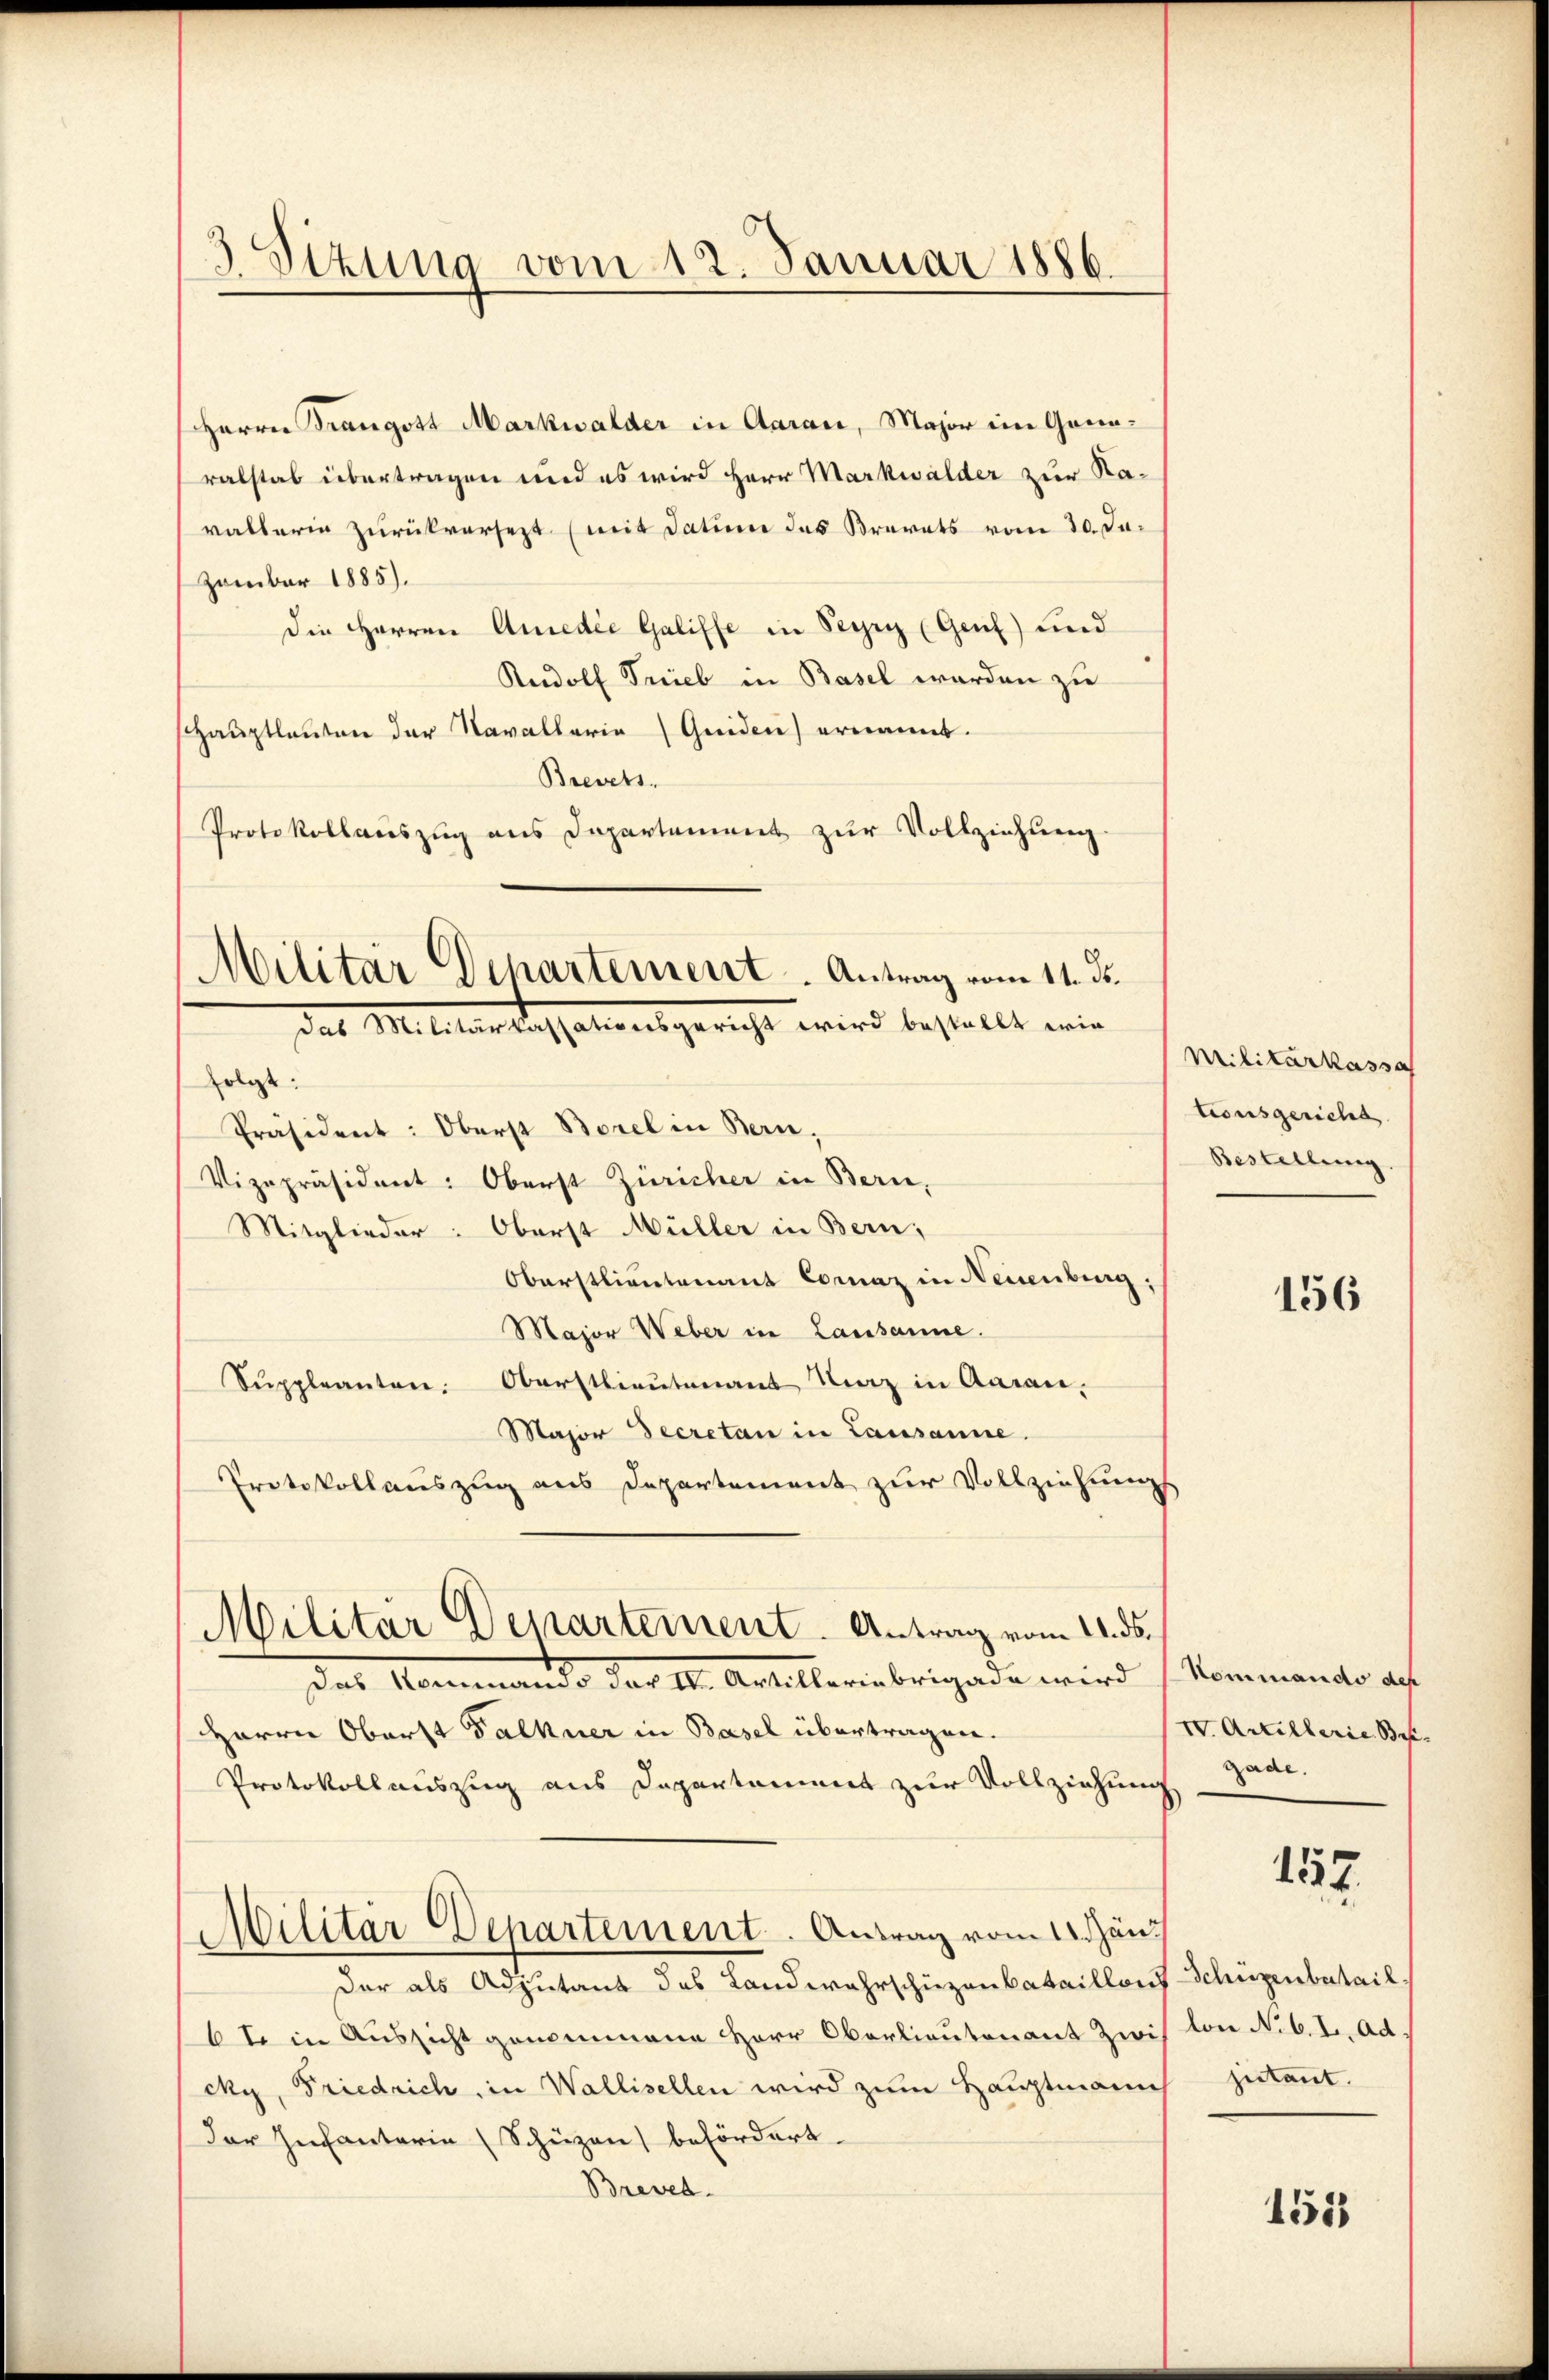
Herrn Trangott Markwalder in Aarau, Major im Ganaralstab übertragen und es wird Herr Markwalder zur Navallerin zurückversezt (mit Datum das Bravats vom 30. Ja¬
Zamber 1885).
die Herren Amedie Galiffe in Perry (Genf und
Rudolf Trieb in Basel werden zu
Hauptlauten der Navallaria (Quiden) ernannt.
Brevets.
Protokollauszug aus Departement zur Vollziehung

3 Sizung vom 12. Januar 1886.

Militär Departement. Antrag vom 11. ds.
das Militar Cassationsgericht wird bestellt wie

folgt:
Präsident: Oberst Borel in Bern,
Vizepräsident: Oberst Züricher in Bern,
Mitglieder: Oberst Müller in Bern,
Oberstlieutenant Coraz in Neisenburg,
Major Weber in Lausanne.
Sŭppleanten: Oberstlieutenant Kunz in Aaran,
Major Secretan in Lausanne.
Protokollauszug aus Departement zur Vollziehungs
Militär Departement. Antrag vom 11. ds.
Das Mannemande des U. Artilleriebrigade wird
Herrn Oberst Falkner in Basel übertragen.
Protokollauszug aus Departament zur Vollziehung
Militär-Departement. Antrag vom 18. Jän
Der als Adjutant das Landwahrschüzenbataillons
6 t. in Aussicht genommene Herr Oberlieutenant zwis
cky, Friedrich in Wallisellen wird zum Hauptmann
Der Infanterie (Schüzen befördert.
Brevet.

Militarkassa
tionsgericht
Bestellung.

156

Kommando dep
IV. Artillerie Begade.

157.

Schüzenbatail
lon No 6. I. Ad
jutant.

153